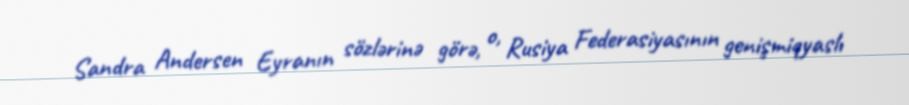
Sandra Andersen Eyranın sözlərinə görə, o, Rusiya Federasiyasının genişmiqyaslı